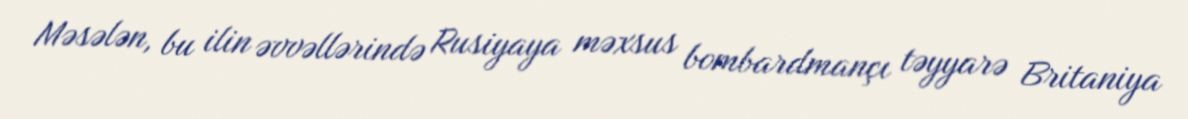
Məsələn, bu ilin əvvəllərində Rusiyaya məxsus bombardmançı təyyarə Britaniya